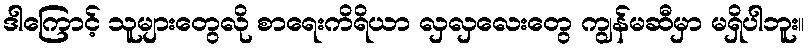
ဒါကြောင့် သူများတွေလို စာရေးကိရိယာ လှလှလေးတွေ ကျွန်မဆီမှာ မရှိပါဘူး။